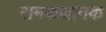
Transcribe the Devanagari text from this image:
रामकथानक